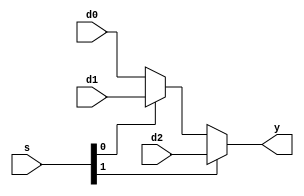
module mux3 (d0, d1, d2, s,y);

input  [31:0] d0, d1, d2;
input  [1:0] s;
output [31:0] y;

assign y = s[1] ? d2 : (s[0] ? d1 : d0);
endmodule